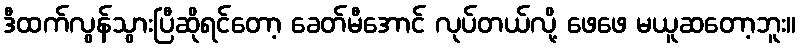
ဒီထက်လွန်သွားပြီဆိုရင်တော့ ခေတ်မီအောင် လုပ်တယ်လို့ ဖေဖေ မယူဆတော့ဘူး။